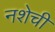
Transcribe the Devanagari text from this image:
नशेची